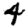
Digit: 4